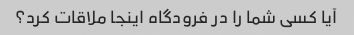
آیا کسی شما را در فرودگاه اینجا ملاقات کرد؟